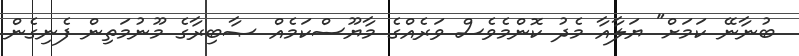
ބުނާނޭ ކަމަށް" ޔަލާއާ މެދު ކޮންމެވެސް ވަރެއްގެ މާޔޫސްކަމެއް ޞާބިރާގެ މޫނުމަތިން ފެނިގެން